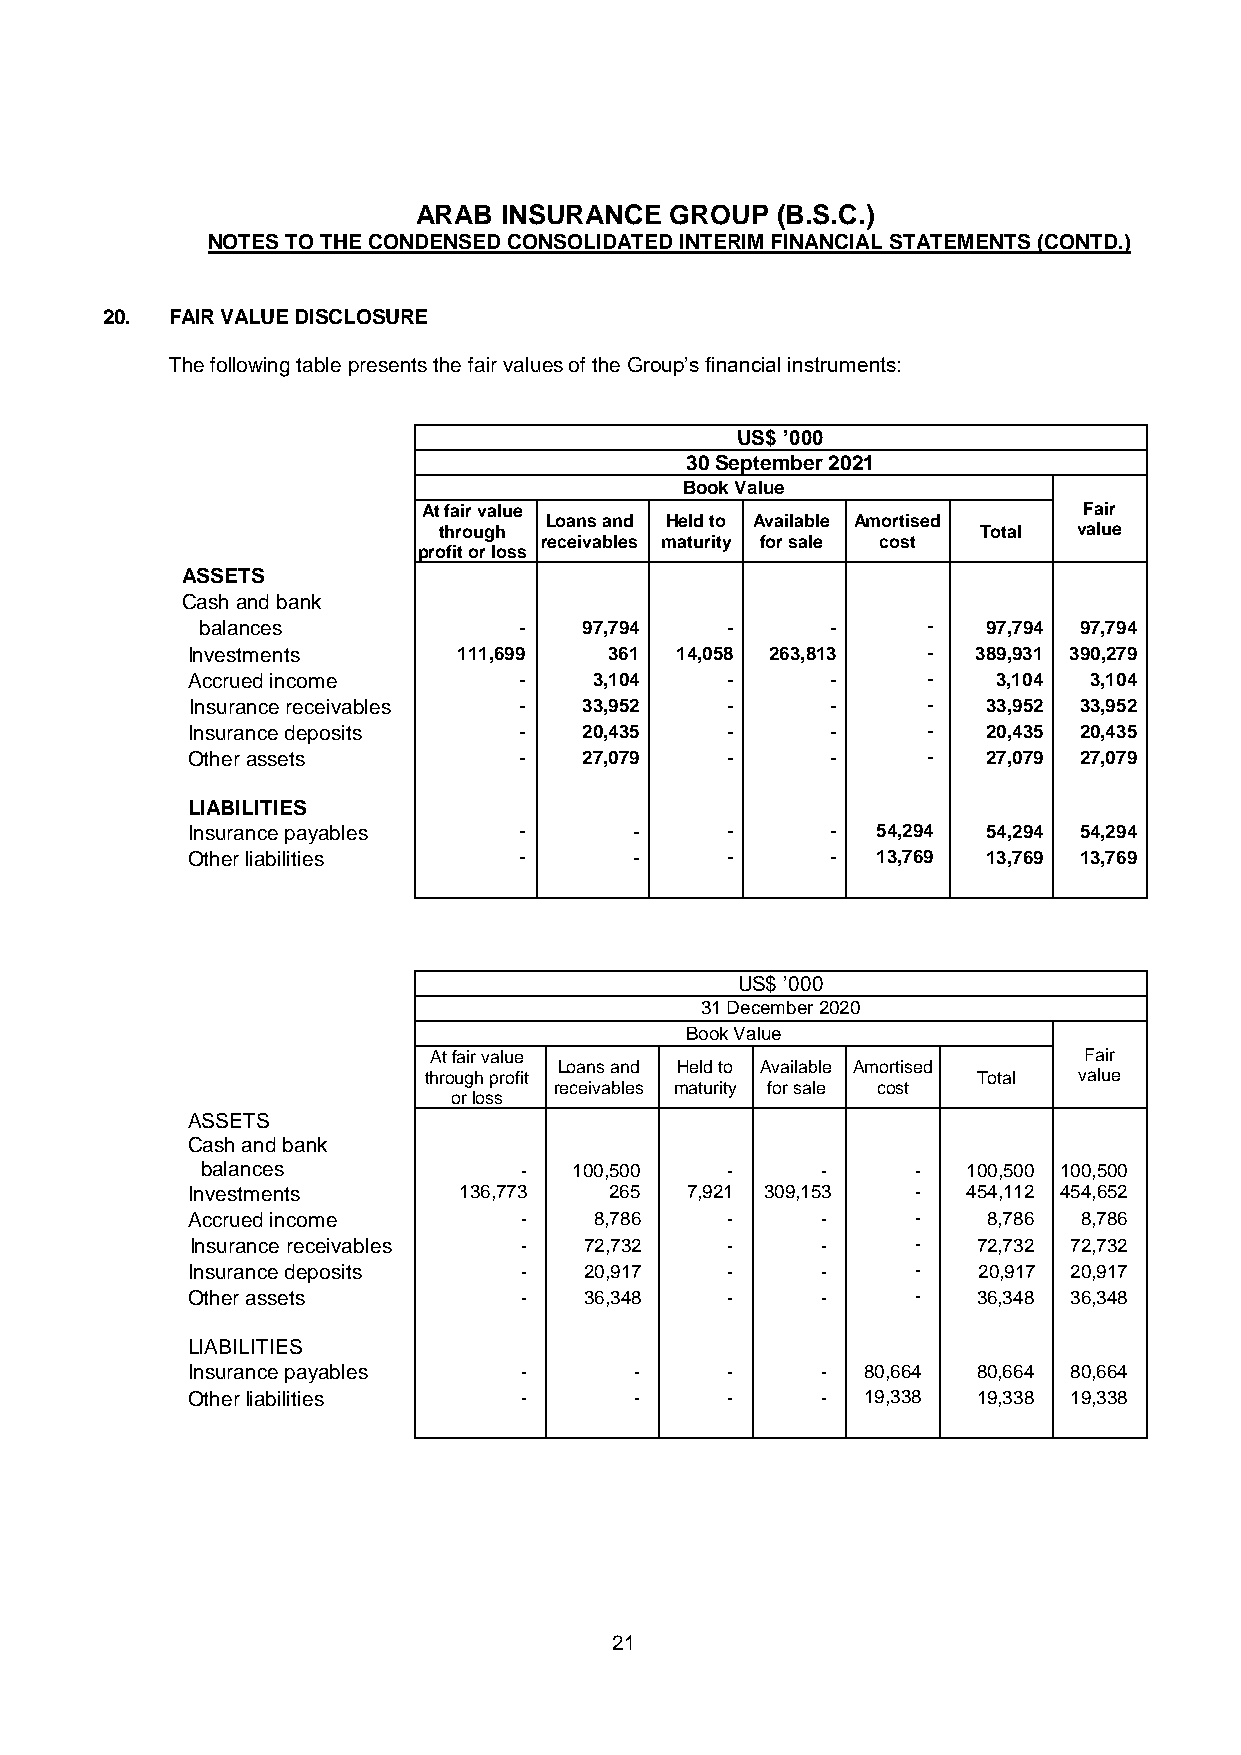
ARAB INSURANCE  GROUP  (B.S.C.)
 NOTES TO THE CONDENSED CONSOLIDATED INTERIM FINANCIAL STATEMENTS (CONTD.)
 20. FAIR VALUE DISCLOSURE
 The following table presents the fair values of the Group’s financial instruments:
 US$ ’000
 30 September 2021
 Book Value
 At fair value                               Fair
 Loans and Held to Available Amortised
 through                             Total value
 receivables maturity for sale cost
 profit or loss
 ASSETS
 Cash and bank
 balances             -    97,794   -      -     -   97,794 97,794
 Investments       111,699   361  14,058 263,813  -   389,931 390,279
 Accrued income        -    3,104    -      -     -    3,104 3,104
 Insurance receivables -   33,952   -      -     -   33,952 33,952
 Insurance deposits    -    20,435   -      -     -   20,435 20,435
 Other assets          -    27,079   -      -     -   27,079 27,079
 LIABILITIES
 Insurance payables    -       -     -      -  54,294 54,294 54,294
 Other liabilities     -       -     -      -  13,769 13,769 13,769
 US$ ’000
 31 December 2020
 Book Value
 At fair value                               Fair
 Loans and Held to Available Amortised
 through profit                       Total value
 receivables maturity for sale cost
 or loss
 ASSETS
 Cash and bank
 balances             -   100,500   -     -      -  100,500 100,500
 Investments       136,773   265  7,921 309,153   -  454,112 454,652
 Accrued income        -    8,786    -     -      -   8,786  8,786
 Insurance receivables -   72,732   -     -      -   72,732 72,732
 Insurance deposits    -    20,917   -     -      -   20,917 20,917
 Other assets          -    36,348   -     -      -   36,348 36,348
 LIABILITIES
 Insurance payables    -       -     -     -  80,664  80,664 80,664
 Other liabilities     -       -     -     -  19,338  19,338 19,338
 21